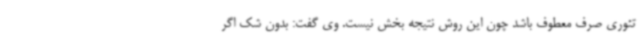
تئوری صرف معطوف باشد چون این روش نتیجه بخش نیست. وی گفت: بدون شک اگر